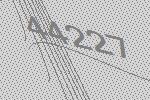
44227